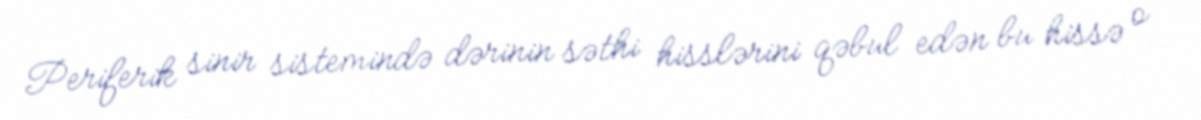
Periferik sinir sistemində dərinin səthi hisslərini qəbul edən bu hissə o